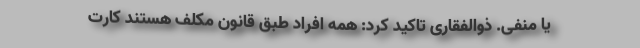
یا منفی. ذوالفقاری تاکید کرد: همه افراد طبق قانون مکلف هستند کارت